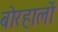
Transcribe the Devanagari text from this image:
बोरहालों